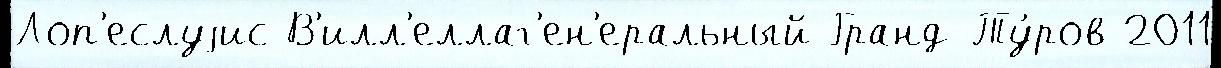
Лоп'еслуjис В'илл'еллаг'ен'еральный Гранд-Ту́ров 2011